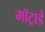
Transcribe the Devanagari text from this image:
मॉट्रार्डे